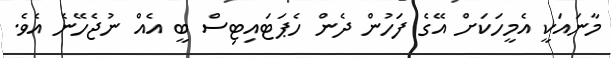
މާނައަކީ އެމީހަކަށް އޭގެ ފަހުން ދެން ހެޕަޓައިޓިސް ބީ އެއް ނުޖެހޭނެ އެވެ.